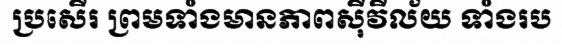
ប្រសើរ ព្រមទាំងមានភាពស៊ីវីល័យ ទាំងរប